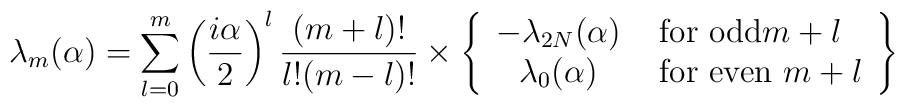
\lambda_m(\alpha)=\sum_{l=0}^m\left({i\alpha\over2}\right)^l{(m+l)!\over l! (m-l)!}\times\left\{\begin{array}{cl}-\lambda_{2N}(\alpha)& \hbox{~for odd$m+l$}\\ \lambda_0(\alpha) &\hbox{~for even $m+l$}\end{array} \right\}